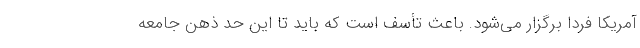
آمريكا فردا برگزار مي‌شود. باعث تأسف است كه بايد تا اين حد ذهن جامعه